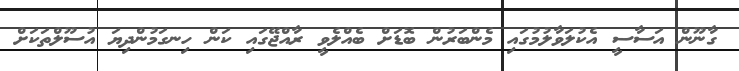
ގާނޫން އަސާސީ އެކުލަވާލުމުގައި މެންބަރުން ބޮޑަށް ބެއްލެވީ ރާއްޖޭގައި ކަން ހިނގަމުންދިޔަ އުސޫލްތަކަށް